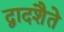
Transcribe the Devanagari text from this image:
द्वादशैते